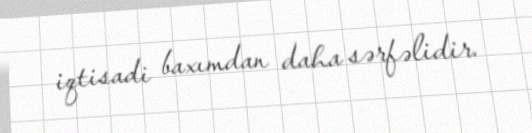
iqtisadi baxımdan daha sərfəlidir.